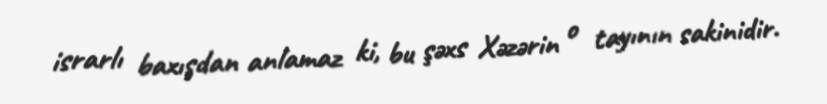
israrlı baxışdan anlamaz ki, bu şəxs Xəzərin o tayının sakinidir.